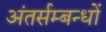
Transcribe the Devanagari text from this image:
अंतर्सम्बन्धों